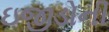
ઇજીડોની